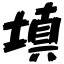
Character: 填